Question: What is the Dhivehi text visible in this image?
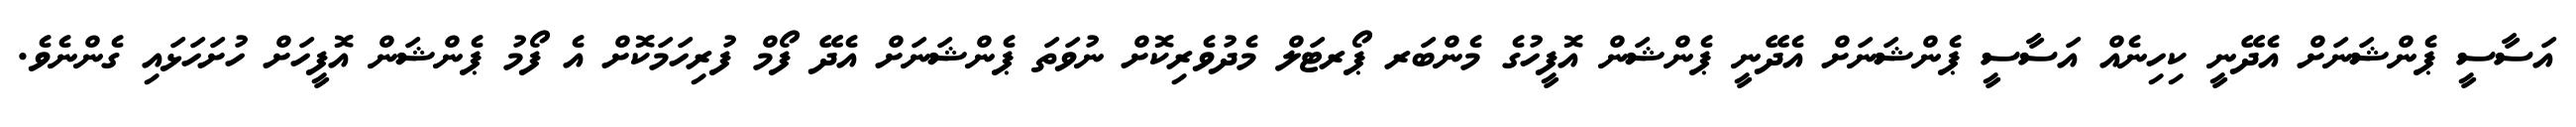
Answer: އަސާސީ ޕެންޝަނަށް އެދޭނީ ކިހިނެއް އަސާސީ ޕެންޝަނަށް އެދޭނީ ޕެންޝަން އޮފީހުގެ މެންބަރ ޕޯރޓަލް މެދުވެރިކޮށް ނުވަތަ ޕެންޝަނަށް އެދޭ ފޯމް ފުރިހަމަކޮށް އެ ފޯމު ޕެންޝަން އޮފީހަށް ހުށަހަޅައި ގެންނެވެ.